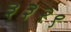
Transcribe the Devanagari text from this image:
३३२९